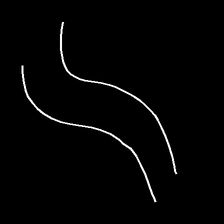
Glyph: float